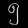
Digit: ၅